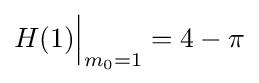
H(1){\Big |}_{m_{0}=1}=4-\pi